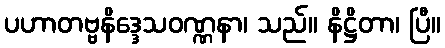
ပဟာတဗ္ဗနိဒ္ဒေသဝဏ္ဏနာ၊ သည်။ နိဋ္ဌိတာ၊ ပြီ။